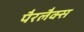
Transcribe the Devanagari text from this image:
पैरलैक्स